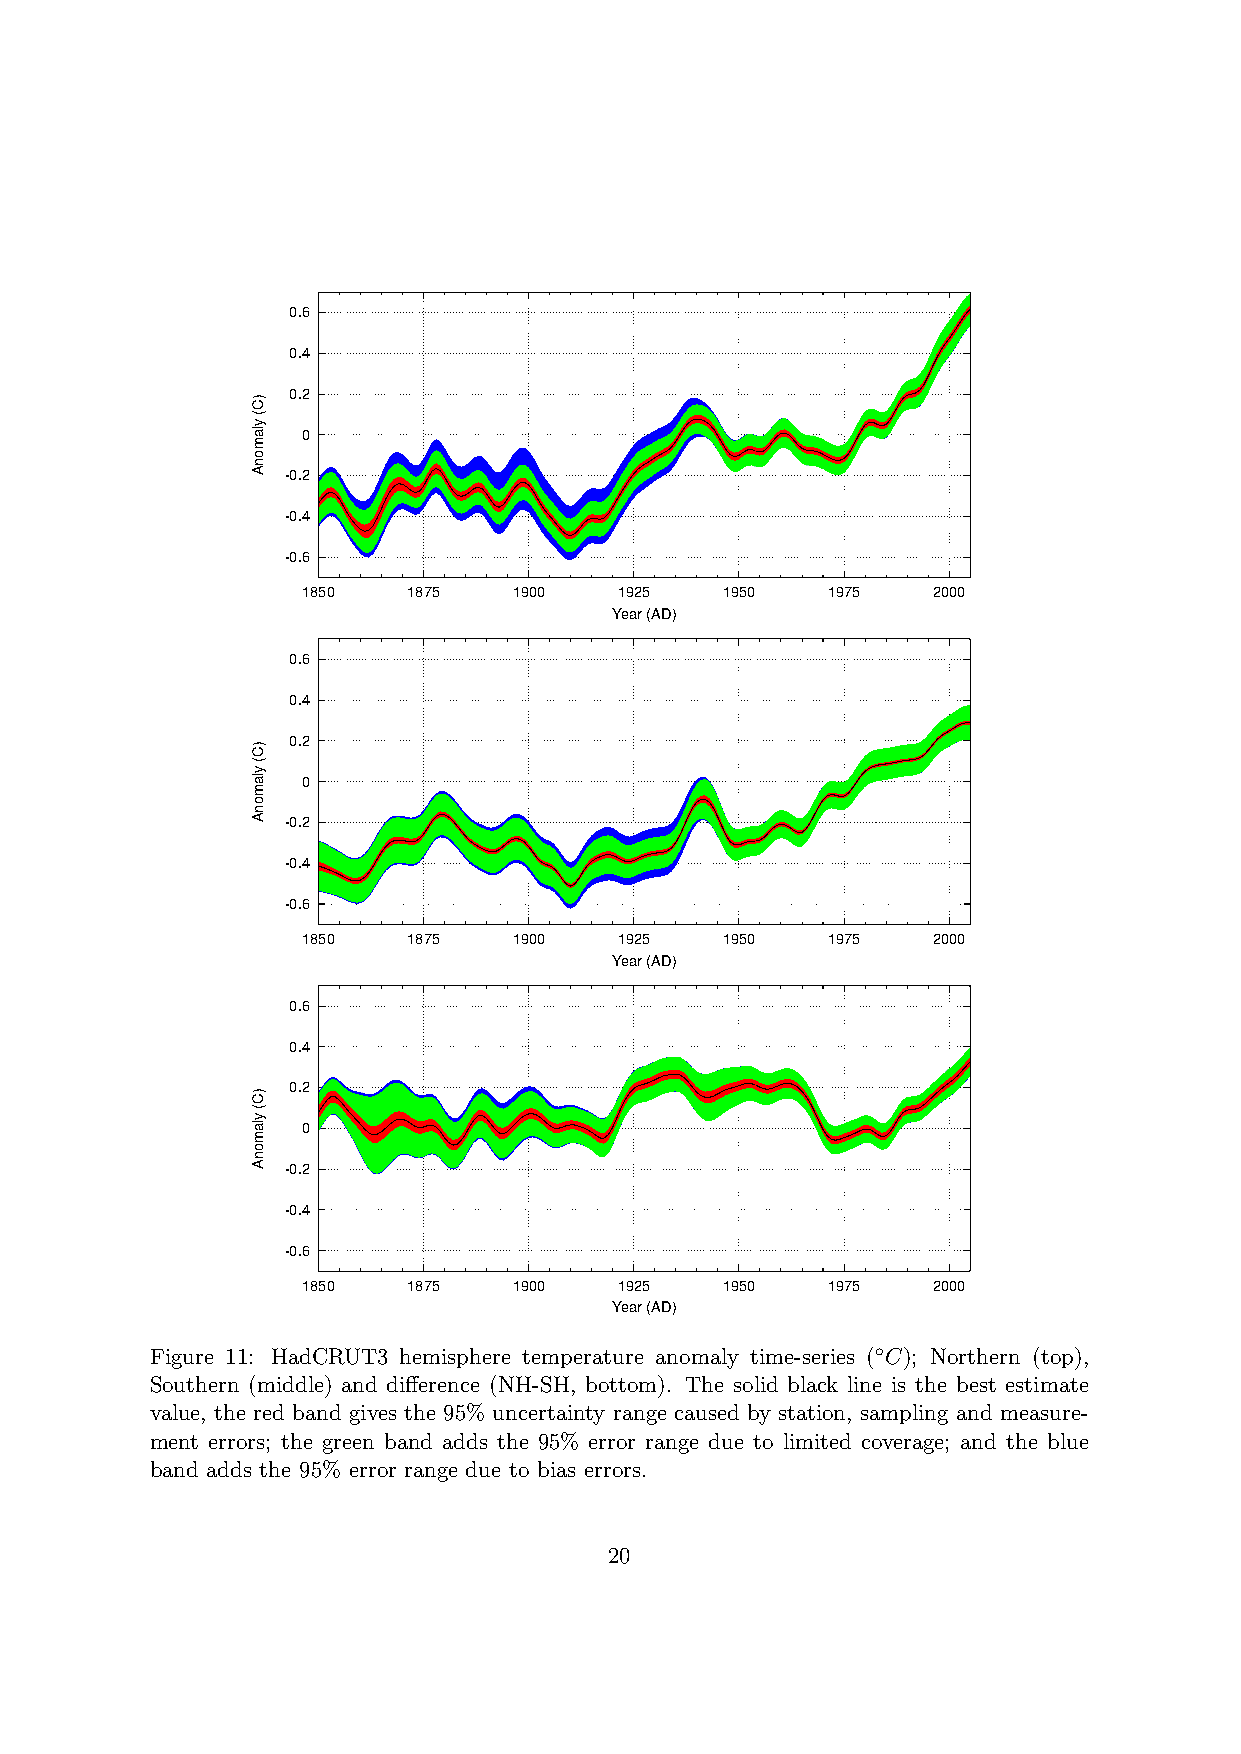
0.6
 0.4
 0.2
 0
 -0.2
 -0.4
 -0.6
 1850   1875   1900   1925   1950   1975   2000
 Year (AD)
 0.6
 0.4
 0.2
 0
 -0.2
 -0.4
 -0.6
 1850   1875   1900   1925   1950   1975   2000
 Year (AD)
 0.6
 0.4
 0.2
 0
 -0.2
 -0.4
 -0.6
 1850   1875   1900   1925   1950   1975   2000
 Year (AD)
 Figure 11: HadCRUT3 hemisphere temperature anomaly time-series (◦C); Northern (top),
 Southern (middle) and difference (NH-SH, bottom). The solid black line is the best estimate
 value, the red band gives the 95% uncertainty range caused by station, sampling and measure-
 ment errors; the green band adds the 95% error range due to limited coverage; and the blue
 band adds the 95% error range due to bias errors.
 20
 )C(
 ylamonA
 )C(
 ylamonA
 )C(
 ylamonA